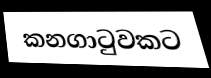
කනගාටුවකට